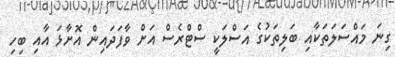
ގިނަ މައްސަލަތަކާއި ބަލިތަކުގެ އަސްލަކީ ސްޓްރެސް އަށް ވާފަދައިން އޮށާޅަ އާއި ބިހި